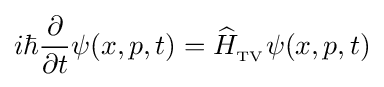
i\hbar {\frac {\partial }{\partial t}}\psi (x,p,t)={\widehat {H}}_{{}_{\text{TV}}}\psi (x,p,t)